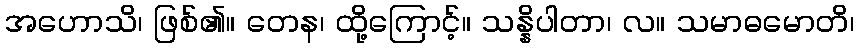
အဟောသိ၊ ဖြစ်၏။ တေန၊ ထို့ကြောင့်။ သန္နိပါတာ၊ လ။ သမာဓမောတိ၊